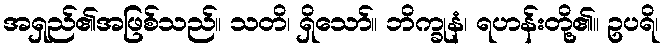
အရှည်၏အဖြစ်သည်။ သတိ၊ ရှိသော်။ ဘိက္ခုနံ၊ ရဟန်းတို့၏။ ဥပရိ၊